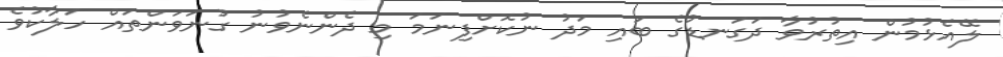
ލޭއެޅުމުން އިތުރުވާ ދަގަނޑުގެ ބައި މަދު ނުކޮށްފިނަމަ މި ދެންނެވުނު ގުނަވަންތައް ހަލާކުވެ